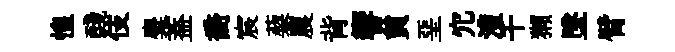
惶醆伎麋葢喬宸蔾農背響貟堊宂澧千獺墜臂